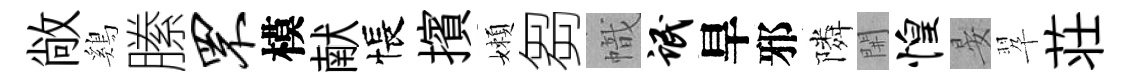
敞鷄縢罘模献悵擯嬾芻幟氓旱邪隣𨳩惶晏翆荘